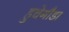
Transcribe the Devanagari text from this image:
हुचेगौडा